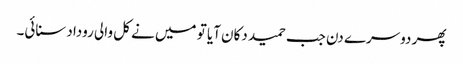
پھر دوسرے دن جب حمید دکان آیا تو میں نے کل والی روداد سنائی۔